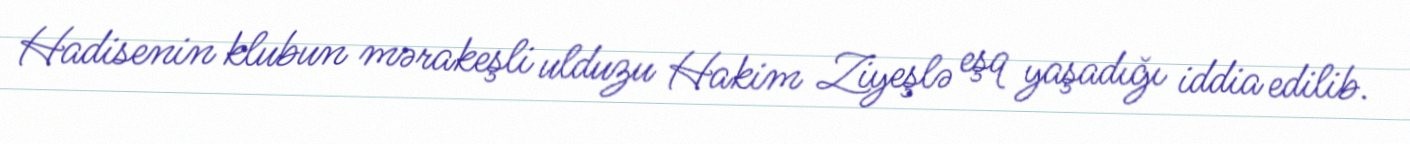
Hadisenin klubun mərakeşli ulduzu Hakim Ziyeşlə eşq yaşadığı iddia edilib.